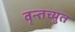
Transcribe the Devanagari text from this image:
वृन्तच्युत